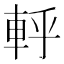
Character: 軤